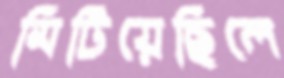
মিটিয়েছিলে